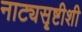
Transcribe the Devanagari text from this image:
नाट्यसॄष्टीशी